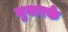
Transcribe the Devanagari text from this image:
मुबारके